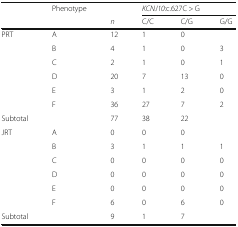
<table><thead><tr><td rowspan="2">[EMPTY_CELL]</td><td><b>Phenotype</b></td><td>[EMPTY_CELL]</td><td colspan="3"><b><i>KCNJ10:</i>c.627C &gt; G</b></td></tr><tr><td>[EMPTY_CELL]</td><td><b><i>n</i></b></td><td><b>C/C</b></td><td><b>C/G</b></td><td><b>G/G</b></td></tr></thead><tbody><tr><td rowspan="6">PRT</td><td>A</td><td>12</td><td>1</td><td>0</td><td>[EMPTY_CELL]</td></tr><tr><td>B</td><td>4</td><td>1</td><td>0</td><td>3</td></tr><tr><td>C</td><td>2</td><td>1</td><td>0</td><td>1</td></tr><tr><td>D</td><td>20</td><td>7</td><td>13</td><td>0</td></tr><tr><td>E</td><td>3</td><td>1</td><td>2</td><td>0</td></tr><tr><td>F</td><td>36</td><td>27</td><td>7</td><td>2</td></tr><tr><td>Subtotal</td><td>[EMPTY_CELL]</td><td>77</td><td>38</td><td>22</td><td>[EMPTY_CELL]</td></tr><tr><td rowspan="6">JRT</td><td>A</td><td>0</td><td>0</td><td>0</td><td>[EMPTY_CELL]</td></tr><tr><td>B</td><td>3</td><td>1</td><td>1</td><td>1</td></tr><tr><td>C</td><td>0</td><td>0</td><td>0</td><td>0</td></tr><tr><td>D</td><td>0</td><td>0</td><td>0</td><td>0</td></tr><tr><td>E</td><td>0</td><td>0</td><td>0</td><td>0</td></tr><tr><td>F</td><td>6</td><td>0</td><td>6</td><td>0</td></tr><tr><td>Subtotal</td><td>[EMPTY_CELL]</td><td>9</td><td>1</td><td>7</td><td>[EMPTY_CELL]</td></tr></tbody></table>